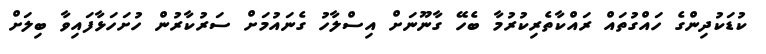
ކުޑަކުދިންގެ ހައްގުތައް ރައްކާތެރިކުރުމާ ބެހޭ ގާނޫނަށް އިސްލާހު ގެނައުމަށް ސަރުކާރުން ހުށަހަޅާފައިވާ ބިލަށް